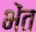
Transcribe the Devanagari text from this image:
भेंत